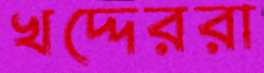
খদ্দেররা